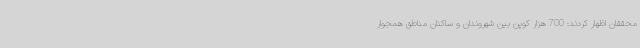
محققان اظهار کردند: 700 هزار کوپن بین شهروندان و ساکنان مناطق همجوار